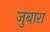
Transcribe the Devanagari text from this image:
जुबारा